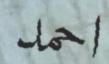
احمد